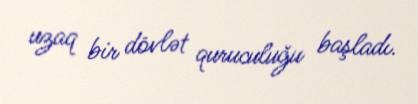
uzaq bir dövlət quruculuğu başladı.